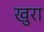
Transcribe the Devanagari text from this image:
खुरा